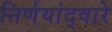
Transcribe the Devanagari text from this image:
निर्णयांद्वारे